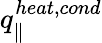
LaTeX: q_{\parallel}^{heat,cond}